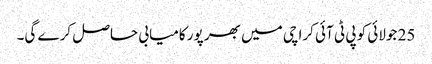
25 جولائی کو پی ٹی آئی کراچی میں بھر پور کامیابی حاصل کرے گی۔